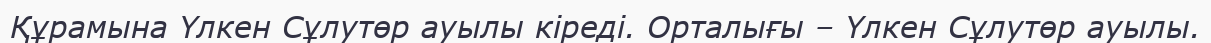
Құрамына Үлкен Сұлутөр ауылы кіреді. Орталығы – Үлкен Сұлутөр ауылы.